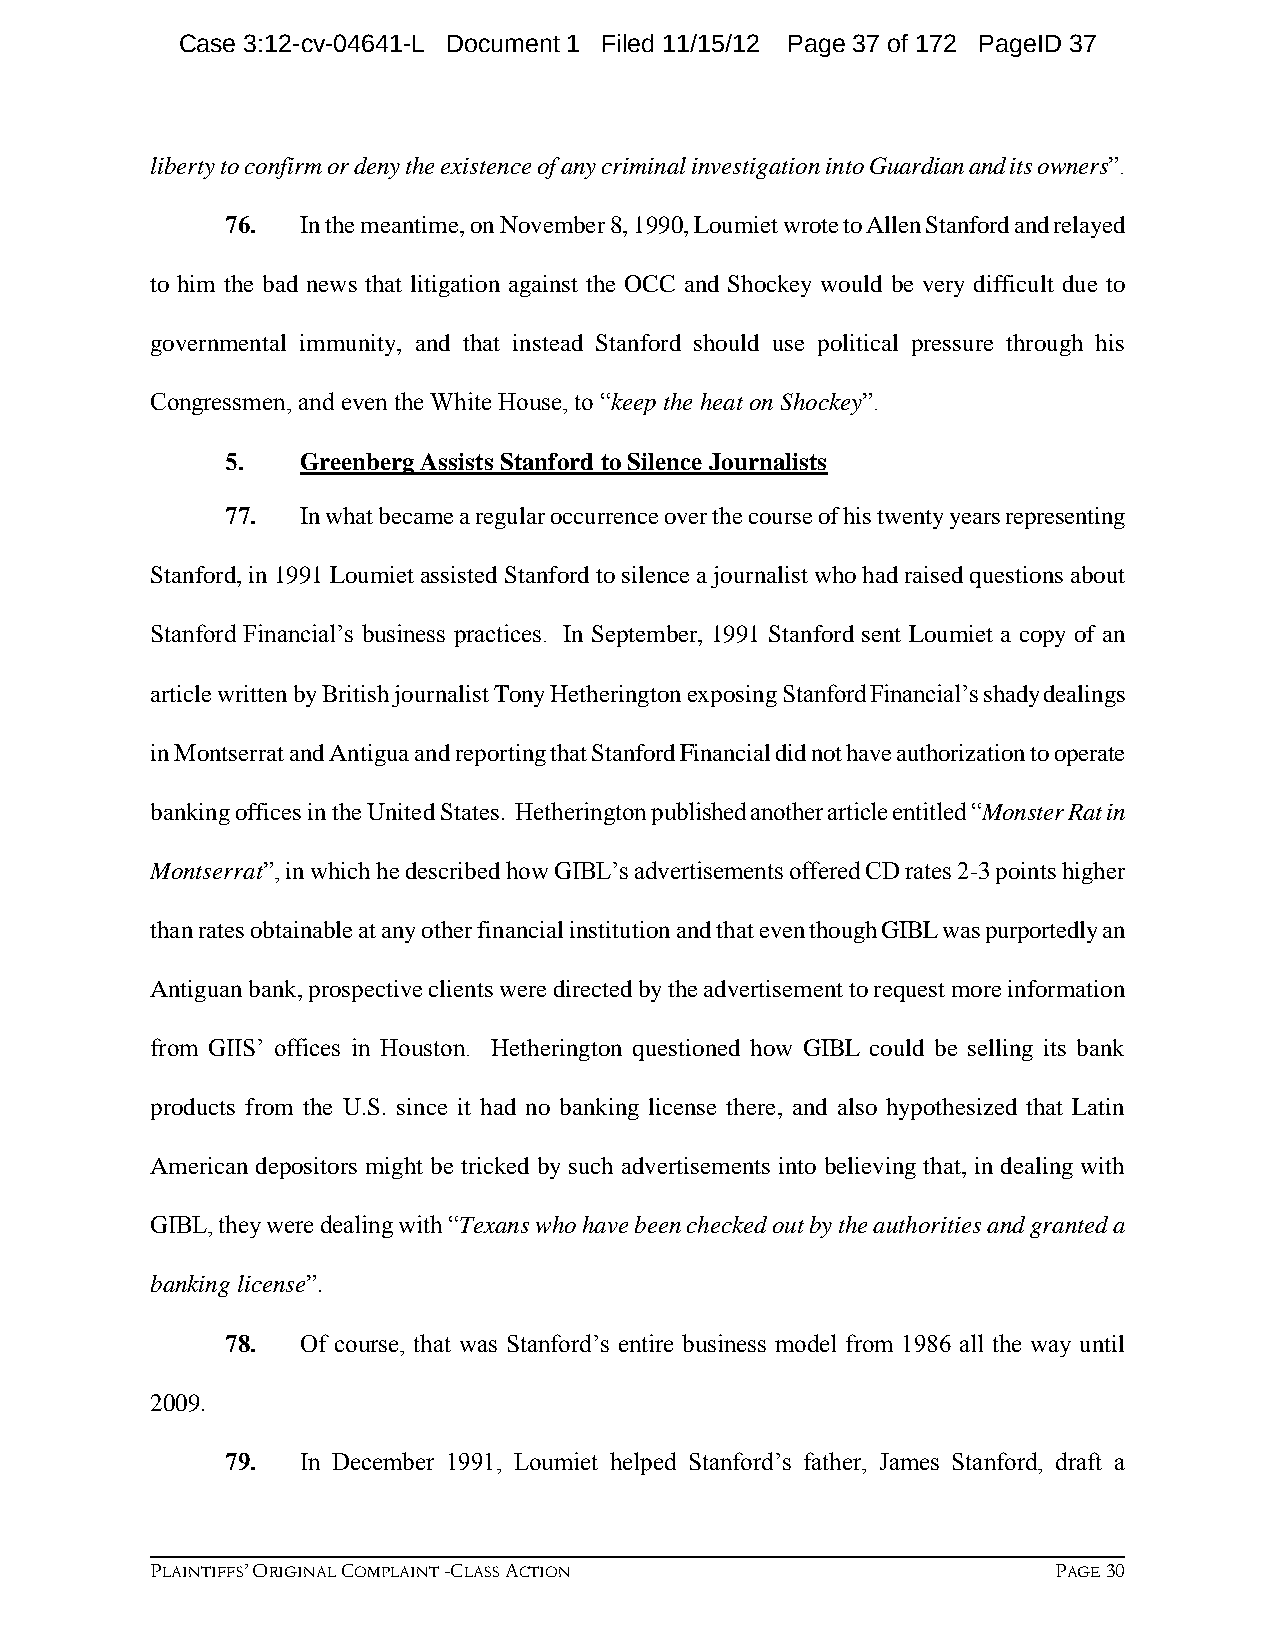
Case 3:12-cv-04641-L Document 1 Filed 11/15/12 Page 37 of 172 PageID 37
 liberty to confirm or deny the existence of any criminal investigation into Guardian and its owners”.
 76.  In the meantime, on November 8, 1990, Loumiet wrote to Allen Stanford and relayed
 to him the bad news that litigation against the OCC and Shockey would be very difficult due to
 governmental immunity, and that instead Stanford should use political pressure through his
 Congressmen, and even the White House, to “keep the heat on Shockey”.
 5.   Greenberg Assists Stanford to Silence Journalists
 77.  In what became a regular occurrence over the course of his twenty years representing
 Stanford, in 1991 Loumiet assisted Stanford to silence a journalist who had raised questions about
 Stanford Financial’s business practices. In September, 1991 Stanford sent Loumiet a copy of an
 article written by British journalist Tony Hetherington exposing Stanford Financial’s shady dealings
 in Montserrat and Antigua and reporting that Stanford Financial did not have authorization to operate
 banking offices in the United States. Hetherington published another article entitled “Monster Rat in
 Montserrat”, in which he described how GIBL’s advertisements offered CD rates 2-3 points higher
 than rates obtainable at any other financial institution and that even though GIBL was purportedly an
 Antiguan bank, prospective clients were directed by the advertisement to request more information
 from GIIS’ offices in Houston. Hetherington questioned how GIBL could be selling its bank
 products from the U.S. since it had no banking license there, and also hypothesized that Latin
 American depositors might be tricked by such advertisements into believing that, in dealing with
 GIBL, they were dealing with “Texans who have been checked out by the authorities and granted a
 banking license”.
 78.  Of course, that was Stanford’s entire business model from 1986 all the way until
 2009.
 79.  In December 1991, Loumiet helped Stanford’s father, James Stanford, draft a
 PLAINTIFFS’ ORIGINAL COMPLAINT -CLASS ACTION                PAGE 30